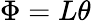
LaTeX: \Phi=L\theta